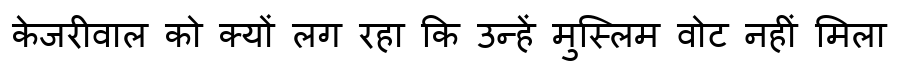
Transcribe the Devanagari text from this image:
केजरीवाल को क्यों लग रहा कि उन्हें मुस्लिम वोट नहीं मिला